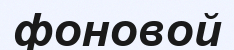
фоновой